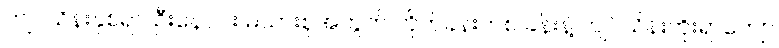
ကျပ်သိန်းနှစ်ရာ၊ ဦးနေဝင်း မိသားစုအတွက် တိုက်ခန်းတစ် ခန်းနဲ့ ကျပ်သိန်းကိုးရာကျော်